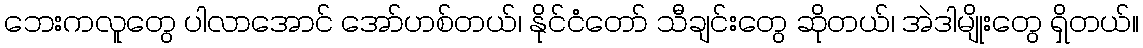
ဘေးကလူတွေ ပါလာအောင် အော်ဟစ်တယ်၊ နိုင်ငံတော် သီချင်းတွေ ဆိုတယ်၊ အဲဒါမျိုးတွေ ရှိတယ်။